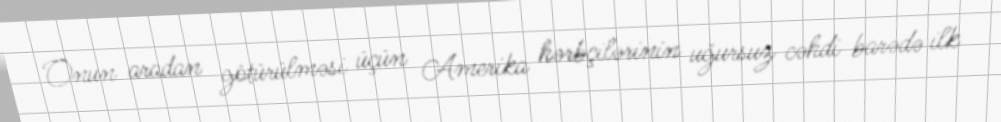
Onun aradan götürülməsi üçün Amerika hərbçilərinin uğursuz cəhdi barədə ilk